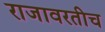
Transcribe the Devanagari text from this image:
राजावरतीच